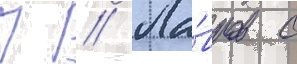
П // Ла́вров с